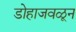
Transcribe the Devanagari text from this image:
डोहाजवळून